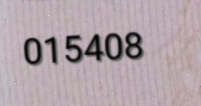
015408